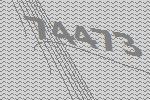
74473